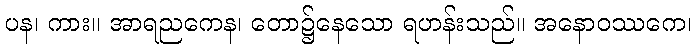
ပန၊ ကား။ အာရညကေန၊ တော၌နေသော ရဟန်းသည်။ အနောဝဿကေ၊